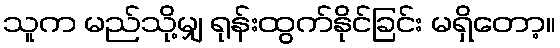
သူက မည်သို့မျှ ရုန်းထွက်နိုင်ခြင်း မရှိတော့။